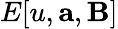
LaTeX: E[u,\mathbf{a},\mathbf{B}]